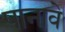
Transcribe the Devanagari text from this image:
पानावे